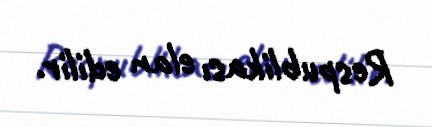
Respublikası elan edilir.